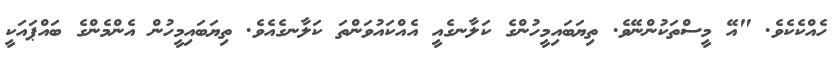
ހެއްކެކެވެ. "އޭ މީސްތަކުންނޭވެ. ތިޔަބައިމީހުންގެ ކަލާނގެއީ އެއްކައުވަންތަ ކަލާނގެއެވެ. ތިޔަބައިމީހުން އެންމެންގެ ބައްޕައަކީ